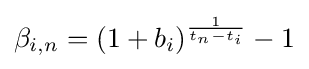
\beta _{i,n}=(1+b_{i})^{\frac {1}{t_{n}-t_{i}}}-1